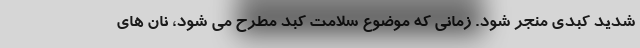
شدید کبدی منجر شود. زمانی که موضوع سلامت کبد مطرح می شود، نان های